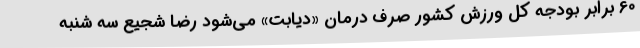
60 برابر بودجه کل ورزش کشور صرف درمان «دیابت» می‌شود رضا شجیع سه شنبه